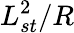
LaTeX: L_{st}^{2}/R